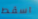
اسقط